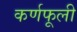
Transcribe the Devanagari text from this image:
कर्णफूली